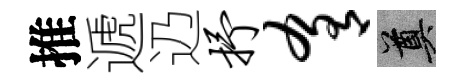
推遞辸抒肴奠